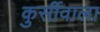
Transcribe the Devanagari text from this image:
कुर्सीवाला